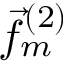
\vec { f } _ { m } ^ { ( 2 ) }